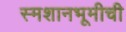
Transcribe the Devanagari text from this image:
स्मशानभूमीची